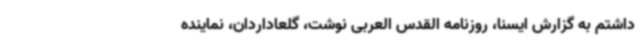
داشتم به گزارش ایسنا، روزنامه القدس العربی نوشت، گلعاداردان، نماینده